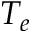
T _ { e }